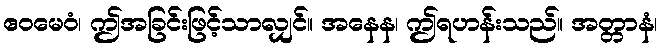
ဧဝမေဝံ၊ ဤအခြင်းဖြင့်သာလျှင်။ အနေန၊ ဤရဟန်းသည်။ အတ္တာနံ၊